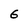
Character: 6